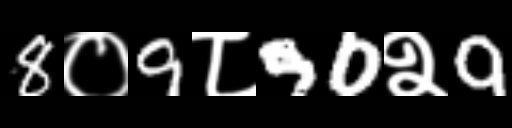
Text: 8०9८90२9